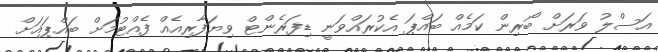
އަސްލު ވަރަށް ބޯރިން ކަމެއް ބައްޕަ އެކުރައްވަނީ ޑިފަރެންޓް ވިޔަފާރިއެއް ފެއްޓުމަށް ބައްޕައަށް